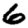
Digit: 6